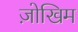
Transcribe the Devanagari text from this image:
ज़ोखिम